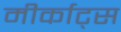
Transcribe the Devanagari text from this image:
मीर्काट्स